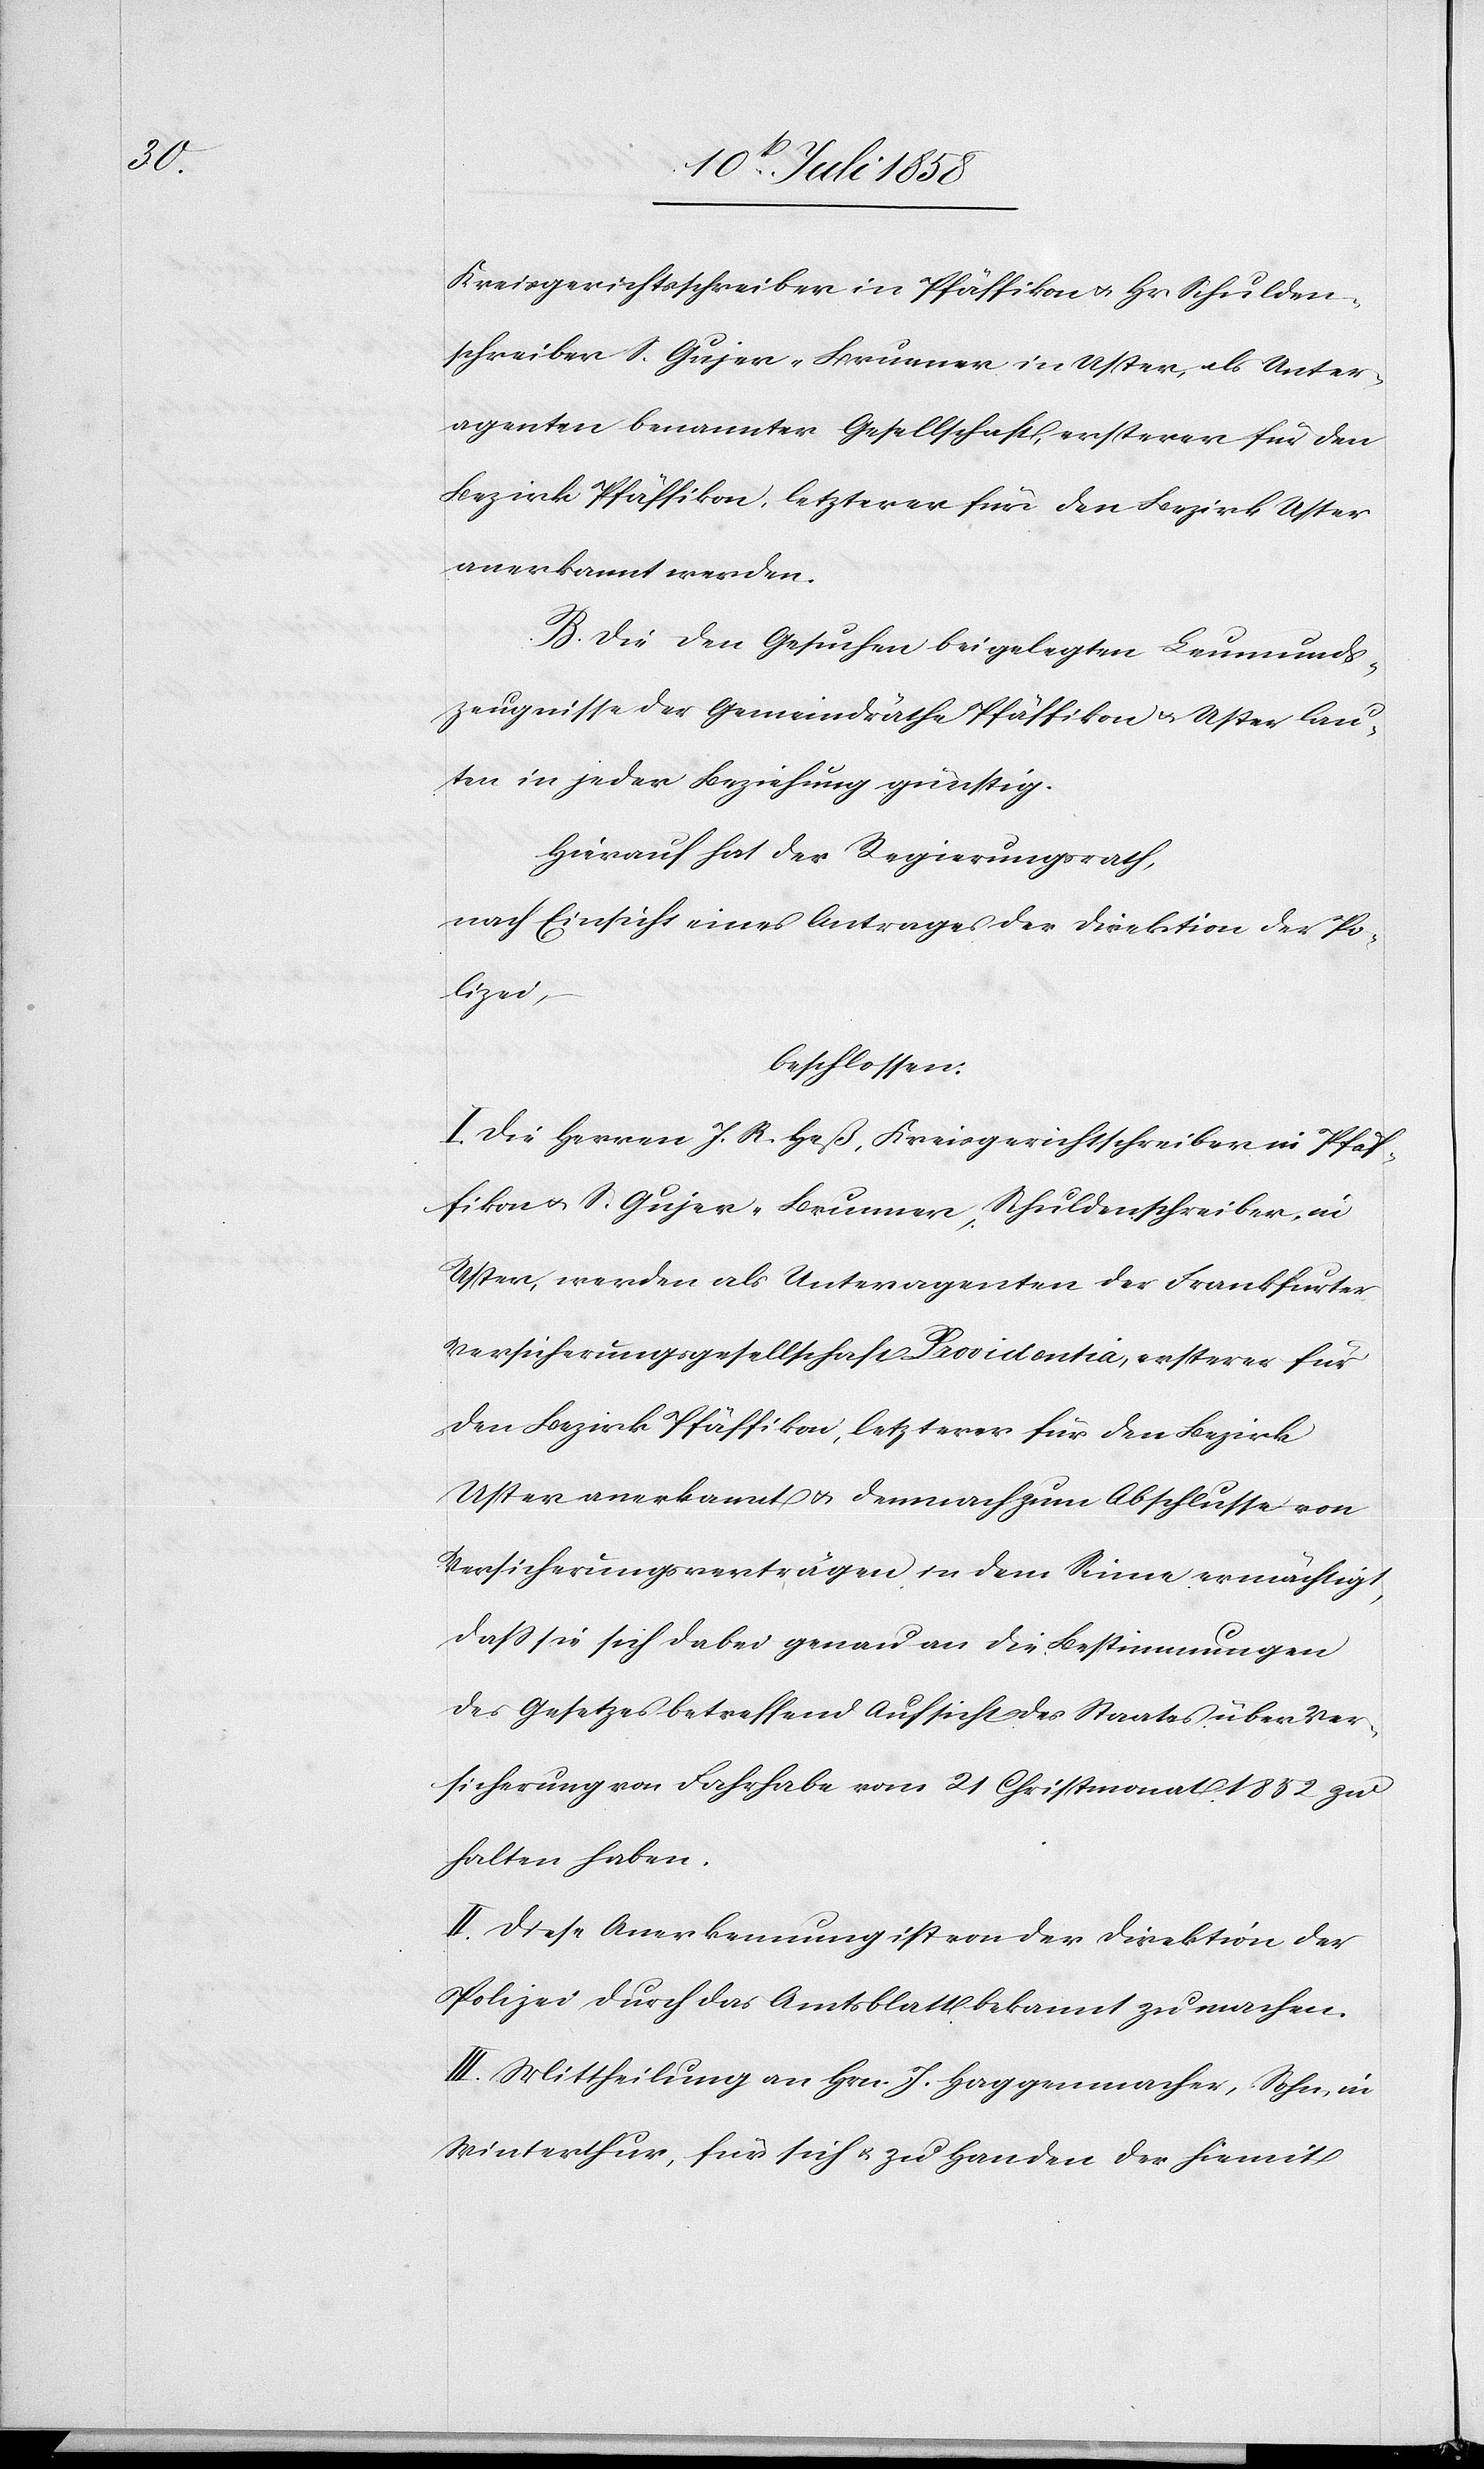
Kreisgerichtsschreiber in Pfäffikon & Hr. Schulden¬
schreiber S. Gujer-Brunner in Uster, als Unter¬
agenten benannter Gesellschaft, ersterer für den
Bezirk Pfäffikon, letzterer für den Bezirk Uster
anerkannt werden.
B. Die den Gesuchen beigelegten Leumunds¬
zeugnisse der Gemeindräthe Pfäffikon & Uster lau¬
ten in jeder Beziehung günstig.
Hierauf hat der Regierungsrath,
nach Einsicht eines Antrages der Direktion der Po¬
lizei,
beschlossen:
I. Die Herren J. R. Heß, Kreisgerichtschreiber in Pfäf¬
fikon & S. Gujer-Brunner, Schuldenschreiber, in
Uster, werden als Unteragenten der Frankfurter
Versicherungsgesellschaft Providentia, ersterer für
den Bezirk Pfäffikon, letzterer für den Bezirk
Uster anerkannt & demnach zum Abschlusse von
Versicherungsverträgen in dem Sinne ermächtigt,
dass sie sich dabei genau an die Bestimmungen
des Gesetzes betreffend Aufsicht des Staates über Ver¬
sicherung von Fahrhabe vom 21 Christmonat 1852 zu
halten haben.
II. Diese Anerkennung ist von der Direktion der
Polizei durch das Amtsblatt bekannt zu machen.
III. Mittheilung an Hrn. J. Haggenmacher, Sohn, in
Winterthur, für sich & zu Handen der hiemit